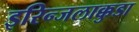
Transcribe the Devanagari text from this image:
इरिन्जलाक्कुडा